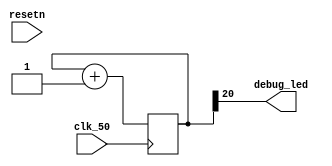
/*
 * Copyright 2016 <Admobilize>
 * MATRIX Labs  [http://creator.matrix.one]
 * This file is part of MATRIX Creator HDL for Spartan 6
 *
 * MATRIX Creator HDL is like free software: you can redistribute 
 * it and/or modify it under the terms of the GNU General Public License 
 * as published by the Free Software Foundation, either version 3 of the 
 * License, or (at your option) any later version.

 * This program is distributed in the hope that it will be useful, but 
 * WITHOUT ANY WARRANTY; without even the implied warranty of 
 * MERCHANTABILITY or FITNESS FOR A PARTICULAR PURPOSE.  See the GNU 
 * General Public License for more details.

 * You should have received a copy of the GNU General Public License along
 * with this program.  If not, see <http://www.gnu.org/licenses/>.
 */

module system 
(
  input  clk_50,
  input  resetn,

  /* Debug */
  output  debug_led
);


reg[25:0] count;

always @(posedge clk_50) begin
    count <= count + 1;
end

assign debug_led = count[20];

endmodule